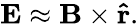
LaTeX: \mathbf{E}\approx\mathbf{B}\times\mathbf{\hat{r}}.